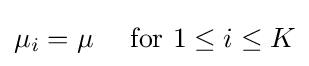
\mu _{i}=\mu \quad {\text{ for }}1\leq i\leq K